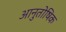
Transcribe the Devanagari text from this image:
आनुतोषिक